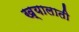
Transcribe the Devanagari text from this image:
ख्यालाती